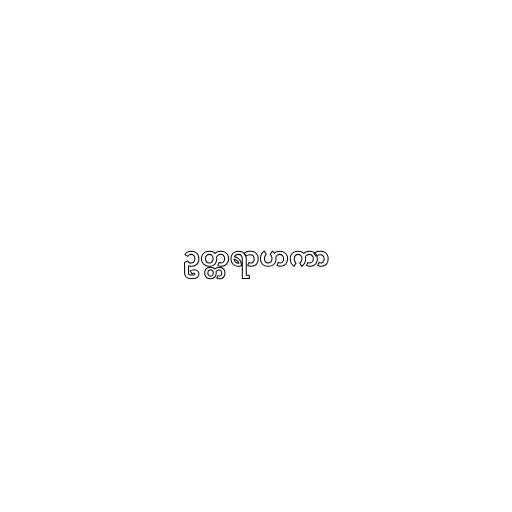
ဥတ္တရာဟကာ